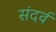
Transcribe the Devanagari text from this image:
संदर्व